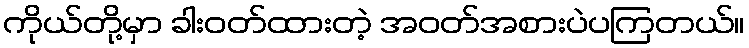
ကိုယ်တို့မှာ ခါးဝတ်ထားတဲ့ အဝတ်အစားပဲပကြတယ်။